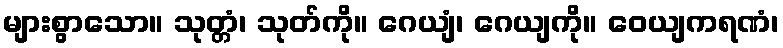
များစွာသော။ သုတ္တံ၊ သုတ်ကို။ ဂေယျံ၊ ဂေယျကို။ ဝေယျကရဏံ၊